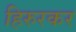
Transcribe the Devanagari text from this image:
हिरुरकर